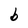
Character: b